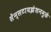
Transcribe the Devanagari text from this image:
सेंन्सटायझेशनमुळे